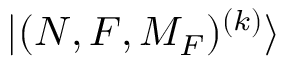
{ | ( N , F , M _ { F } ) ^ { ( k ) } \rangle }